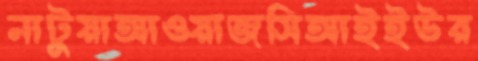
নাটুয়াআওয়াজসিআইইউর